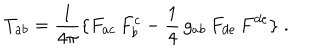
T _ { a b } = { \frac { 1 } { 4 \pi } } \{ F _ { a c } \, F _ { b } ^ { c } - { \frac { 1 } { 4 } } \, g _ { a b } \, F _ { d e } \, F ^ { d e } \} \; .